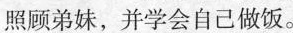
照顾弟妹，并学会自己做饭。